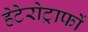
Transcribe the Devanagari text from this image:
हेटेरोट्राफों